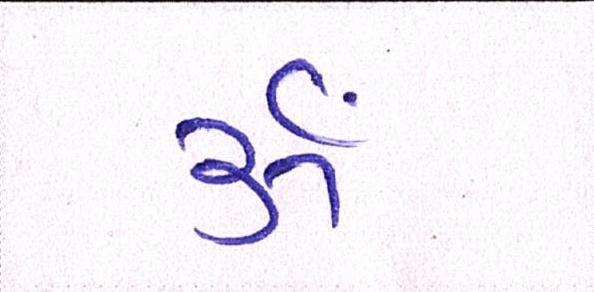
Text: ૐ